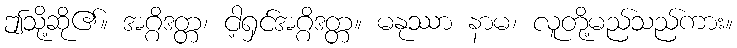
ဤသို့ဆို၏။ အဂ္ဂိဒတ္တ၊ ငါ့ရှင်အဂ္ဂိဒတ္တ။ မနုဿာ နာမ၊ လူတို့မည်သည်ကား။